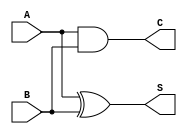
module half_adder (
    input  wire A,  // First input
    input  wire B,  // Second input
    output wire S,  // Sum output
    output wire C   // Carry output
);

    // Logic functionality
    assign S = A ^ B;  // Sum is A XOR B
    assign C = A & B;  // Carry is A AND B

endmodule